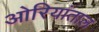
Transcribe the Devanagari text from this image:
ओरियांताल